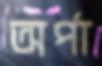
অর্পা